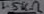
Text: 1.5kΩ